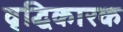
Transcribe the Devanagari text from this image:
वृद्धिकारक